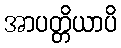
အာပတ္တိယာပိ